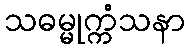
သဓမ္မုက္ကံသနာ